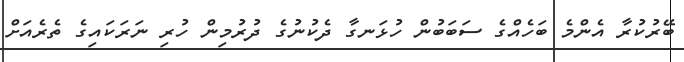
ބޭރުކުރާ އެންމެ ބަހެއްގެ ސަބަބުން ހުޅަނގާ ދެކުނުގެ ދުރުމިން ހުރި ނަރަކައިގެ ތެރެއަށް